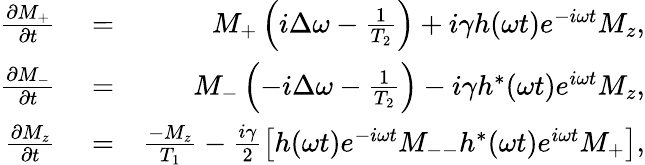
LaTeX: \begin{array}{rlr}{\frac{\partial M_{+}}{\partial t}}&{{}=}&{M_{+}\left(i\Delta\omega-\frac{1}{T_{2}}\right)+i\gamma h(\omega t)e^{-i\omega t}M_{z},}\\ {\frac{\partial M_{-}}{\partial t}}&{{}=}&{M_{-}\left(-i\Delta\omega-\frac{1}{T_{2}}\right)-i\gamma h^{*}(\omega t)e^{i\omega t}M_{z},}\\ {\frac{\partial M_{z}}{\partial t}}&{{}=}&{\frac{-M_{z}}{T_{1}}-\frac{i\gamma}{2}\left[h(\omega t)e^{-i\omega t}M_{--}h^{*}(\omega t)e^{i\omega t}M_{+}\right],}\end{array}